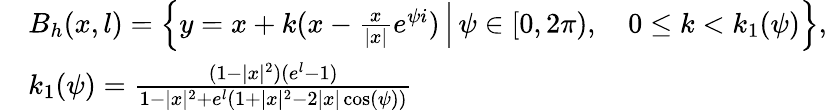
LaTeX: \begin{array}{rl}&{B_{h}(x,l)=\left.\left\{ y=x+k(x-\frac{x}{|x|}e^{\psi i})\, \right|\, \psi\in[0,2\pi),\quad 0\leq k<k_{1}(\psi)\vphantom{\frac{1}{1}}\right\} ,}\\ &{k_{1}(\psi)=\frac{(1-|x|^{2})(e^{l}-1)}{1-|x|^{2}+e^{l}(1+|x|^{2}-2|x|\cos(\psi))}}\end{array}